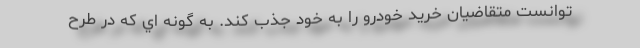
توانست متقاضيان خريد خودرو را به خود جذب كند. به گونه اي كه در طرح